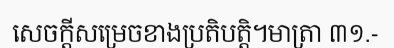
សេចក្តីសម្រេចខាងប្រតិបត្តិ។មាត្រា ៣១.-